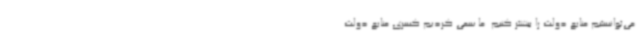
‌می‌توانستیم منابع دولت را بیشتر کنیم. ما سعی کردیم کسری منابع دولت